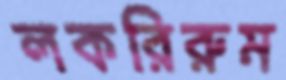
লকরিরুম